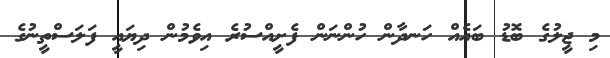
މި ޖީލުގެ ބޮޑު ބައެއް ހަނދާން ހުންނަން ފެށީއްސުރެ އިވެމުން ދިޔައީ ފަލަސްތީނުގެ